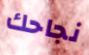
نجاحك